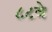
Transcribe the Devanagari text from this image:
८८वे